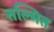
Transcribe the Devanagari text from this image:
तल्मित